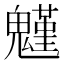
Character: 𩴗